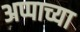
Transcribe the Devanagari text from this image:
अप्पाच्या